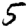
Digit: 5